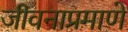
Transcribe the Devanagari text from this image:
जीवनाप्रमाणे